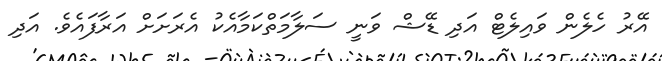
އޭރު ހެލެން ވައިލެޓް އަދި ޑޭޝް ވަނީ ސަލާމަތްކަމާއެކު އެރަށަށް އަރާފައެވެ. އަދި